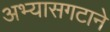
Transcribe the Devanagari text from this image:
अभ्यासगटाने